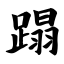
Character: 蹋